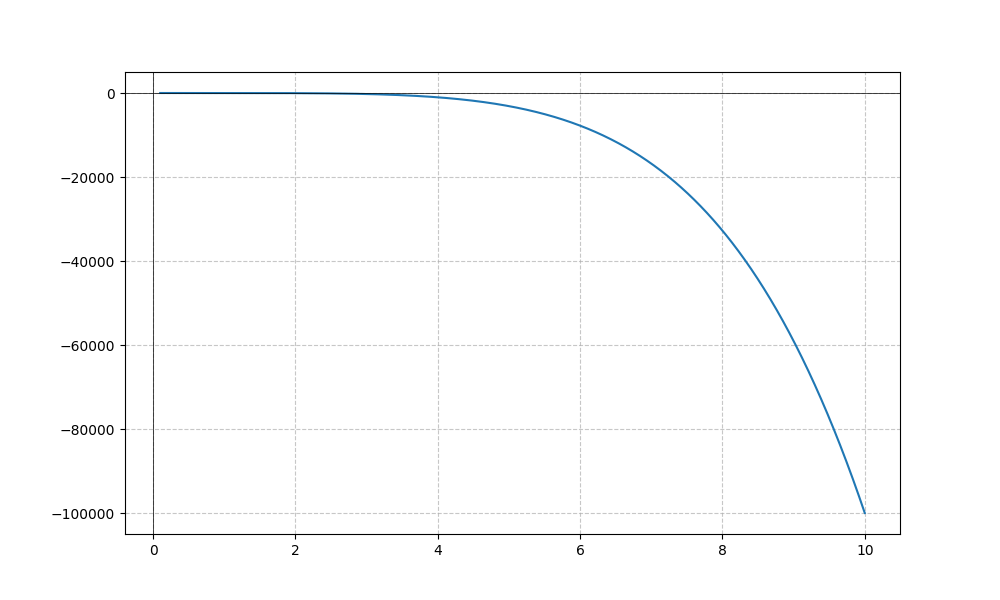
LaTeX formula: - x^{5} + \operatorname{acot}{\left(x \right)}